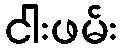
ငါးဖမ်း